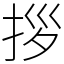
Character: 拶